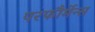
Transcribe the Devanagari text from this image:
परफौर्मेन्स